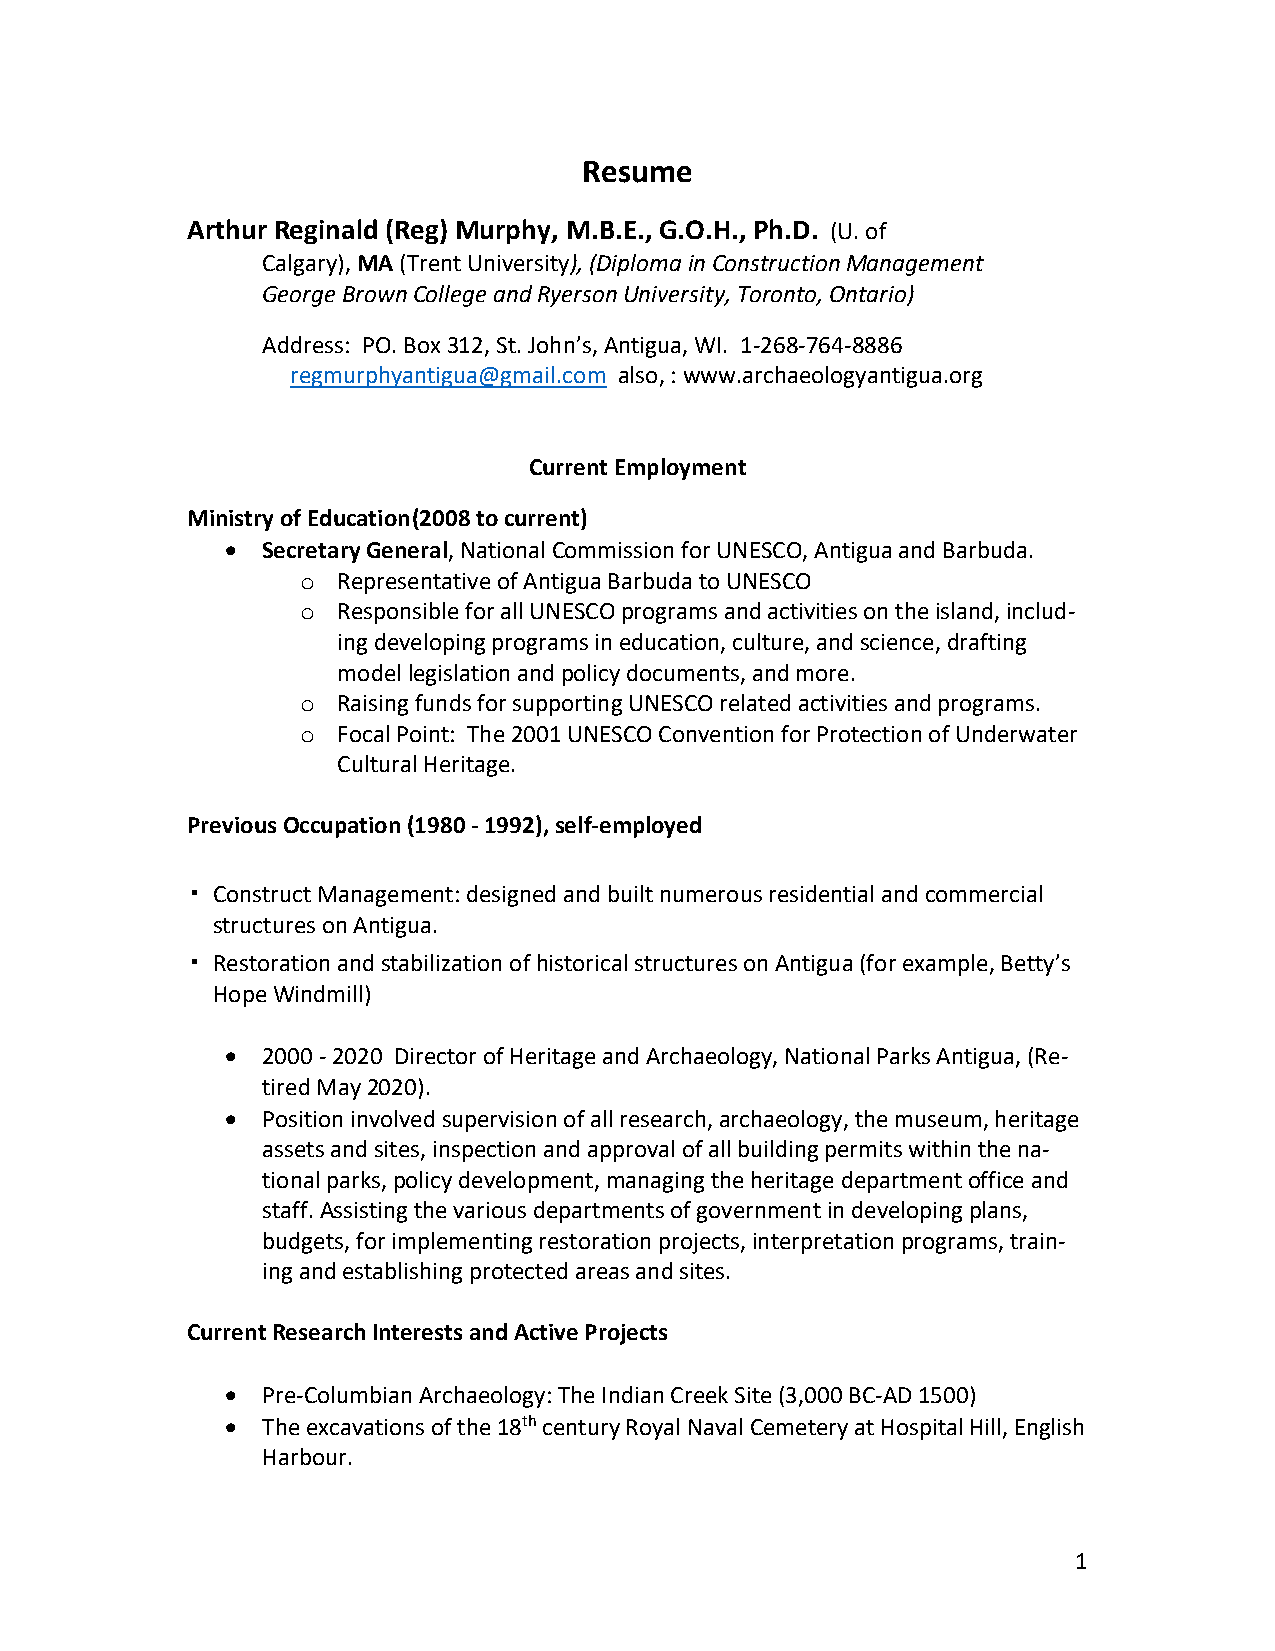
Resume
 Arthur Reginald (Reg) Murphy, M.B.E., G.O.H., Ph.D. (U. of
 Calgary), MA (Trent University), (Diploma in Construction Management
 George Brown College and Ryerson University, Toronto, Ontario)
 Address: PO. Box 312, St. John’s, Antigua, WI. 1-268-764-8886
 regmurphyantigua@gmail.com also, : www.archaeologyantigua.org
 Current Employment
 Ministry of Education (2008 to current)
 • Secretary General, National Commission for UNESCO, Antigua and Barbuda.
 Representative of Antigua Barbuda to UNESCO
 o
 Responsible for all UNESCO programs and activities on the island, includ-
 o
 ing developing programs in education, culture, and science, drafting
 model legislation and policy documents, and more.
 Raising funds for supporting UNESCO related activities and programs.
 o
 Focal Point: The 2001 UNESCO Convention for Protection of Underwater
 o
 Cultural Heritage.
 Previous Occupation (1980 - 1992), self-employed
 ▪ Construct Management: designed and built numerous residential and commercial
 structures on Antigua.
 ▪ Restoration and stabilization of historical structures on Antigua (for example, Betty’s
 Hope Windmill)
 • 2000 - 2020 Director of Heritage and Archaeology, National Parks Antigua, (Re-
 tired May 2020).
 • Position involved supervision of all research, archaeology, the museum, heritage
 assets and sites, inspection and approval of all building permits within the na-
 tional parks, policy development, managing the heritage department office and
 staff. Assisting the various departments of government in developing plans,
 budgets, for implementing restoration projects, interpretation programs, train-
 ing and establishing protected areas and sites.
 Current Research Interests and Active Projects
 • Pre-Columbian Archaeology: The Indian Creek Site (3,000 BC-AD 1500)
 • The excavations of the 18th century Royal Naval Cemetery at Hospital Hill, English
 Harbour.
 1